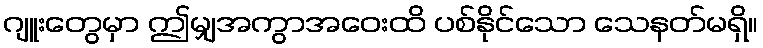
ဂျူးတွေမှာ ဤမျှအကွာအဝေးထိ ပစ်နိုင်သော သေနတ်မရှိ။